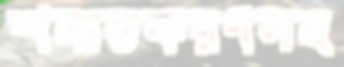
শনাক্তকরণসহ